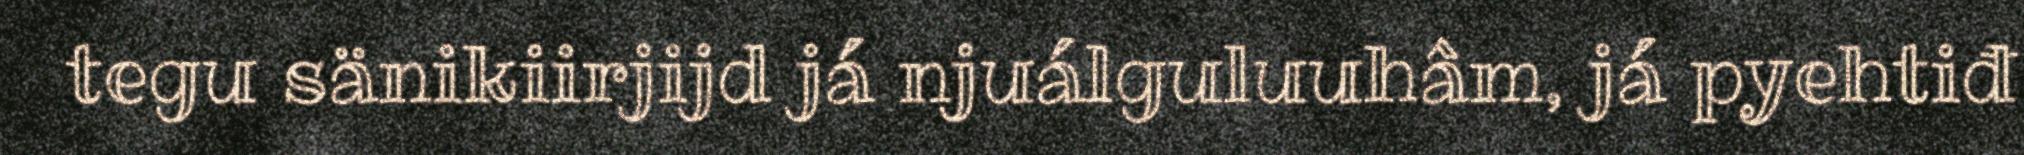
tegu sänikiirjijd já njuálguluuhâm, já pyehtiđ